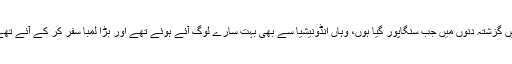
مَیں گزشتہ دنوں میں جب سنگاپور گیا ہوں، وہاں انڈونیشیا سے بھی بہت سارے لوگ آئے ہوئے تھے اور بڑا لمبا سفر کر کے آئے تھے۔